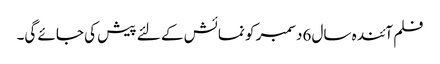
فلم آئندہ سال 6دسمبر کو نمائش کے لئے پیش کی جائے گی۔